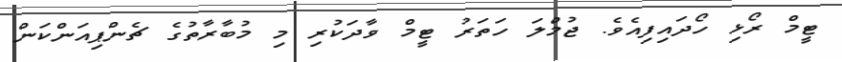
ޓީމް ރޯޅި ހޯދައިފިއެވެ. ޖުމްލަ ހަތަރު ޓީމް ވާދަކުރި މި މުބާރާތުގެ ޗެންޕިއަންކަން